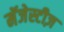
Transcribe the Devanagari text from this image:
मॅजेस्टीज़